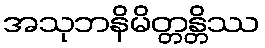
အသုဘနိမိတ္တန္တိဿ